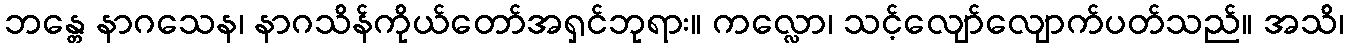
ဘန္တေ နာဂသေန၊ နာဂသိန်ကိုယ်တော်အရှင်ဘုရား။ ကလ္လော၊ သင့်လျော်လျောက်ပတ်သည်။ အသိ၊